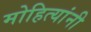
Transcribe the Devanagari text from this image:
मोहित्यांनी